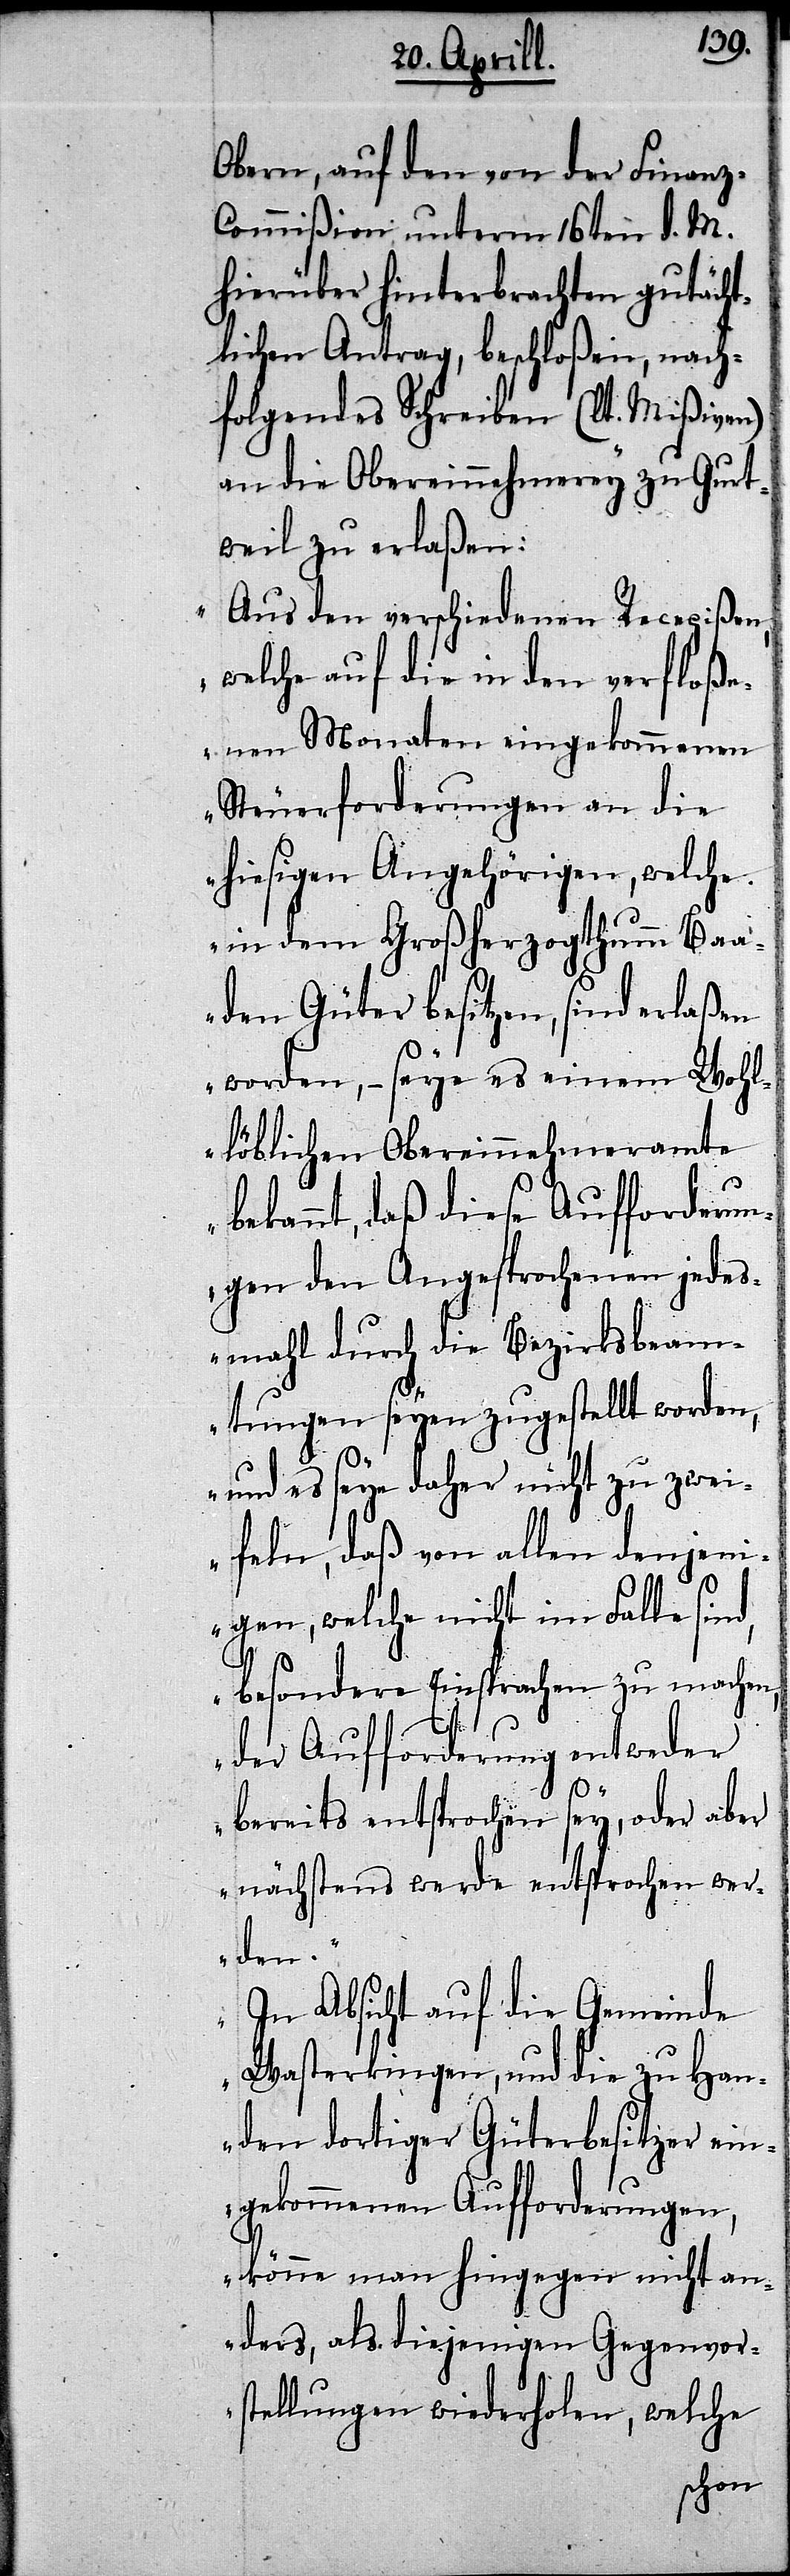
Obern, auf den von der Finan¬
ommißion unterm 16ten d. M.
hierüber hinterbrachten gutächt¬
lichen Antrag, beschloßen, nach¬
folgendes Schreiben (lt. Mißiven)
an die Obereinnehmerey zu Gurt¬
weil zu erlaßen:
„Aus den verschiedenen Recepißen,
welche auf die in den verfloße¬
nen Monaten eingekommenen
Steuerforderungen an die
hiesigen Angehörigen, welche
in dem Großherzogthum Baa¬
den Güter besitzen, sind erlaßen
worden,– seye es einem Wohl¬
löblichen Obereinnehmeramte
bekannt, daß diese Aufforderun¬
gen den Angesprochenen jede¬
smahl durch die Bezirksbeam¬
tungen seyen zugestellt worden,
und es seye daher nicht zu zwei¬
feln, daß von allen denjeni¬
gen, welche nicht im Falle sind,
besondere Einsprachen zu machen,
der Aufforderung entweder
z-C¬
bereits entsprochen sey, oder aber
nächstens werde entsprochen wer¬
den.
In Absicht auf die Gemeinde
Wasterkingen, und die zu Han¬
den dortiger Güterbesitzer ein¬
gekommenen Aufforderungen,
könne man hingegen nicht an¬
ders, als diejenigen Gegen¬
stellungen wiederholen, welche